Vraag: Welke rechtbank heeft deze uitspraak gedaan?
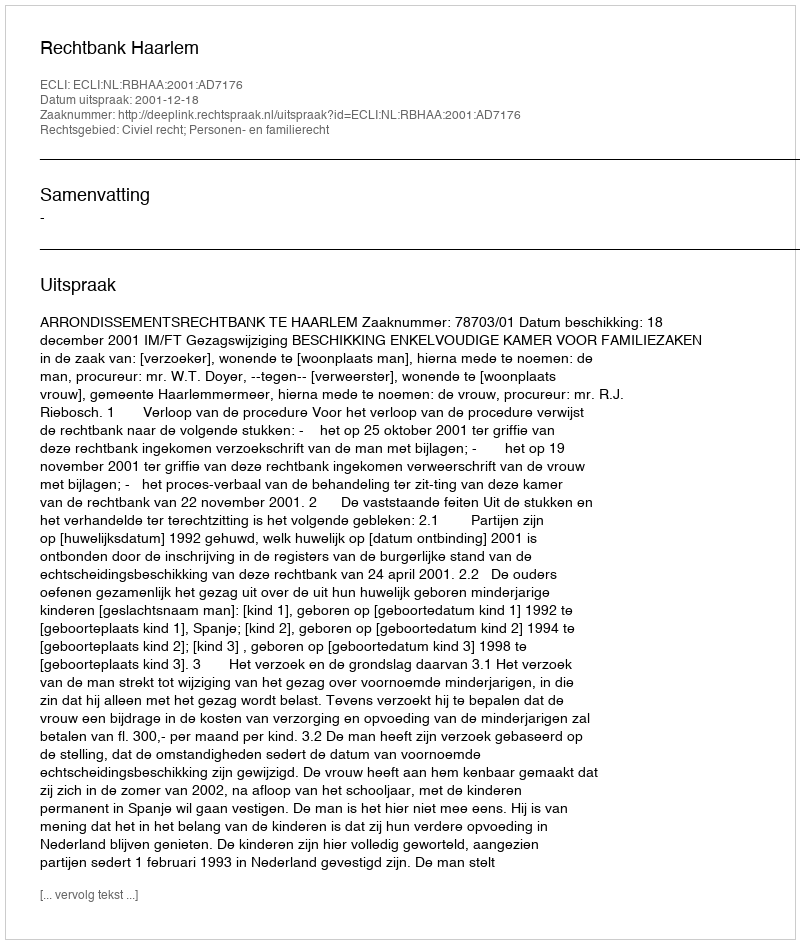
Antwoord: Rechtbank Haarlem